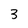
Character: 3